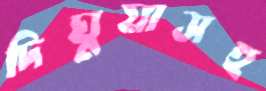
দিঘুয়াসহ